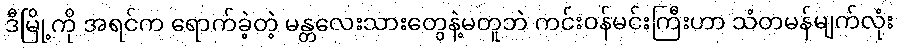
ဒီမြို့ကို အရင်က ရောက်ခဲ့တဲ့ မန္တလေးသားတွေနဲ့မတူဘဲ ကင်းဝန်မင်းကြီးဟာ သံတမန်မျက်လုံး